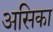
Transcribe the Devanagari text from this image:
असिका